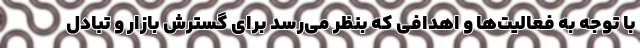
با توجه به فعالیت‌ها و اهدافی که بنظر می‌رسد برای گسترش بازار و تبادل